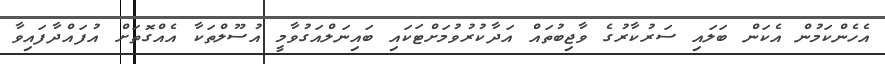
އެހެންކަމުން އެކަން ބަލައި ސަރުކާރުގެ ވާޖިބުތައް އަދާކުރުވުމަށްޓަކައި ބައިނަލްއަގުވާމީ އުސޫލްތަކާ އެއްގޮތަށް އުފައްދާފައިވާ